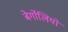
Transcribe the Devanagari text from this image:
बेर्गोलियो